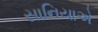
સાનિયાએ